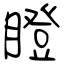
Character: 瞪